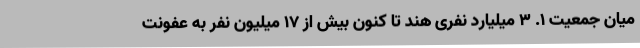
میان جمعیت ۱. ۳ میلیارد نفری هند تا کنون بیش از ۱۷ میلیون نفر به عفونت